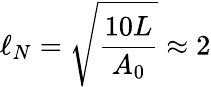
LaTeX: \ell_{N}=\sqrt{\frac{10L}{A_{0}}}\approx 2